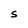
Character: S